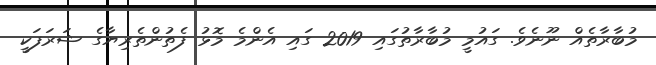
މުބާރާތެއް ނޫނެވެ. ގައުމީ މުބާރާތުގައި 2019 ގައި އެންމެ މޮޅު ފެތުންތެރިޔާގެ ޝަރަފަކީ